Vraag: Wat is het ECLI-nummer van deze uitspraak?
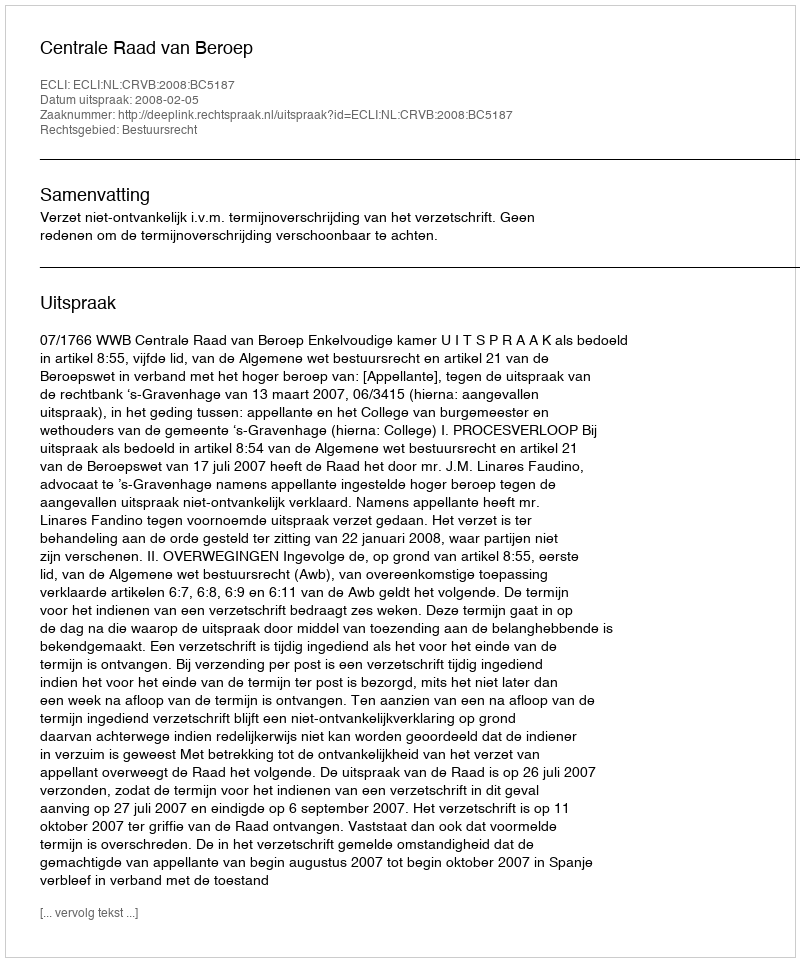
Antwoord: ECLI:NL:CRVB:2008:BC5187